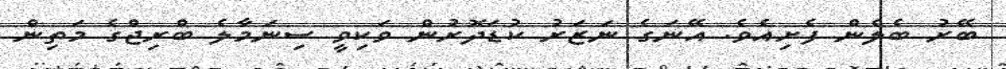
ބޭރު ބެލެން ފެށިއެވެ. އޭނަގެ ނަޒަރު ކުޑަދޮރުން ވަކިވީ ސިނަމާލެ ބްރިޖްގެ މަތިން